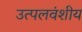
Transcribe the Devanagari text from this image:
उत्पलवंशीय